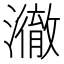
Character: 𤁲